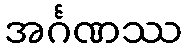
အင်္ဂဏဿ